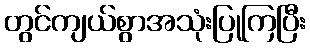
တွင်ကျယ်စွာအသုံးပြုကြပြီး